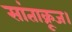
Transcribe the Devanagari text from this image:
सांताक्रूज।